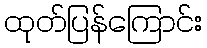
ထုတ်ပြန်ကြောင်း